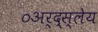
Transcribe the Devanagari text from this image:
०अर्द्स्लेय